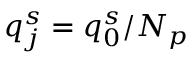
q _ { j } ^ { s } = q _ { 0 } ^ { s } / N _ { p }